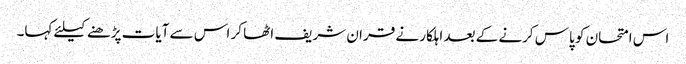
اس امتحان کو پاس کرنے کے بعد اہلکار نے قران شریف اٹھا کر اس سے آیات پڑھنے کیلئے کہا۔